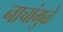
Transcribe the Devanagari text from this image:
नाचांमुळे